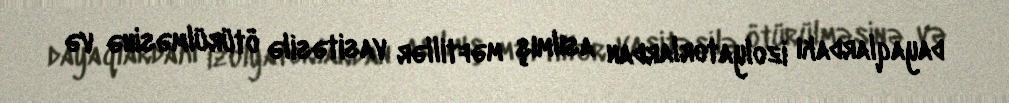
dayaqlardakı izolyatorlardan asılmış məftillər vasitəsilə ötürülməsinə və